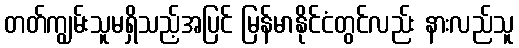
တတ်ကျွမ်းသူမရှိသည့်အပြင် မြန်မာနိုင်ငံတွင်လည်း နားလည်သူ